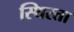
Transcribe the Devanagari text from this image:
स्थिरता